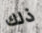
ذلك